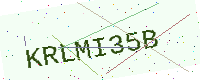
Text: KRLMI35B